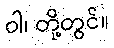
ဝါ၊ တို့တွင်။